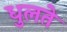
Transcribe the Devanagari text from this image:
धुलते